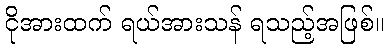
ငိုအားထက် ရယ်အားသန် ရသည့်အဖြစ်။